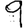
Digit: 9